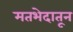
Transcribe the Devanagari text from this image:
मतभेदातून